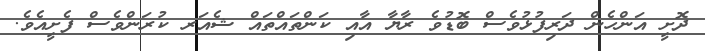
ދޮށީ އަންހެން ދަރިފުޅުވެސް ބޮޑުވެ ރާޔާ އާއި ކަންތައްތައް ޝެއަރ ކުރަންވެސް ފެށީއެވެ.